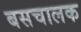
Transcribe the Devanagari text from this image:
बसचालक